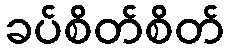
ခပ်စိတ်စိတ်